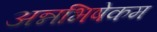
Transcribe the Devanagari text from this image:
अन्नभिषेकम